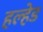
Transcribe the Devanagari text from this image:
हल्हेड